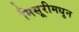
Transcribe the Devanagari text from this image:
मिसूरीमधुन